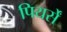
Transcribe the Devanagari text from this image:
पियर्सें